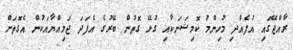
ރާއްޖޭގައި އުފެއްދި މުހިންމު ކޮމިޝަނަކާއި ގުޅޭ ގޮތުން ބޭރުގެ އެފަދަ ޖަމިއްޔާއަކުން އެގޮތަށް